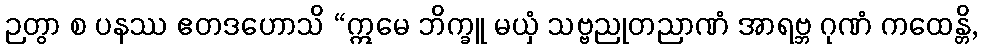
ဉတွာ စ ပနဿ ဧတဒဟောသိ “ဣမေ ဘိက္ခူ မယှံ သဗ္ဗညုတညာဏံ အာရဗ္ဘ ဂုဏံ ကထေန္တိ,